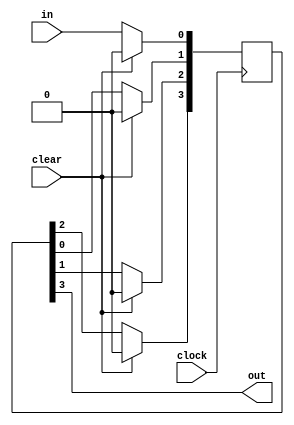
module siso_shift_register (clock, clear, in, out);
input clock, clear, in;
output out;
reg [3:0] register;

always @ (posedge clock) begin
  if (clear) begin
    register = 4'd0;
  end else begin
    register[3] = register[2];
    register[2] = register[1];
    register[1] = register[0];
    register[0] = in;
  end
end

assign out = register[3];

endmodule // siso_shift_register